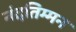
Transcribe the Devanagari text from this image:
नंदतिम्मन